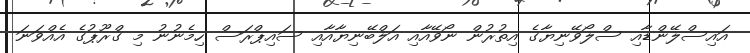
އައިސްލޭންޑާއި ސްލޯވޭނިޔާގެ އިތުރުން ނޯވޭއާއި އަލްބޭނިޔާއާއި ސައިޕްރަސް ހިމެނުނު މި ގްރޫޕުގެ އެއްވަނަ